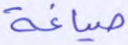
صياغة